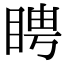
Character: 䀻